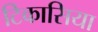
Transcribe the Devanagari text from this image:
टिकासिया